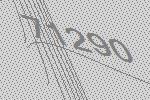
71290